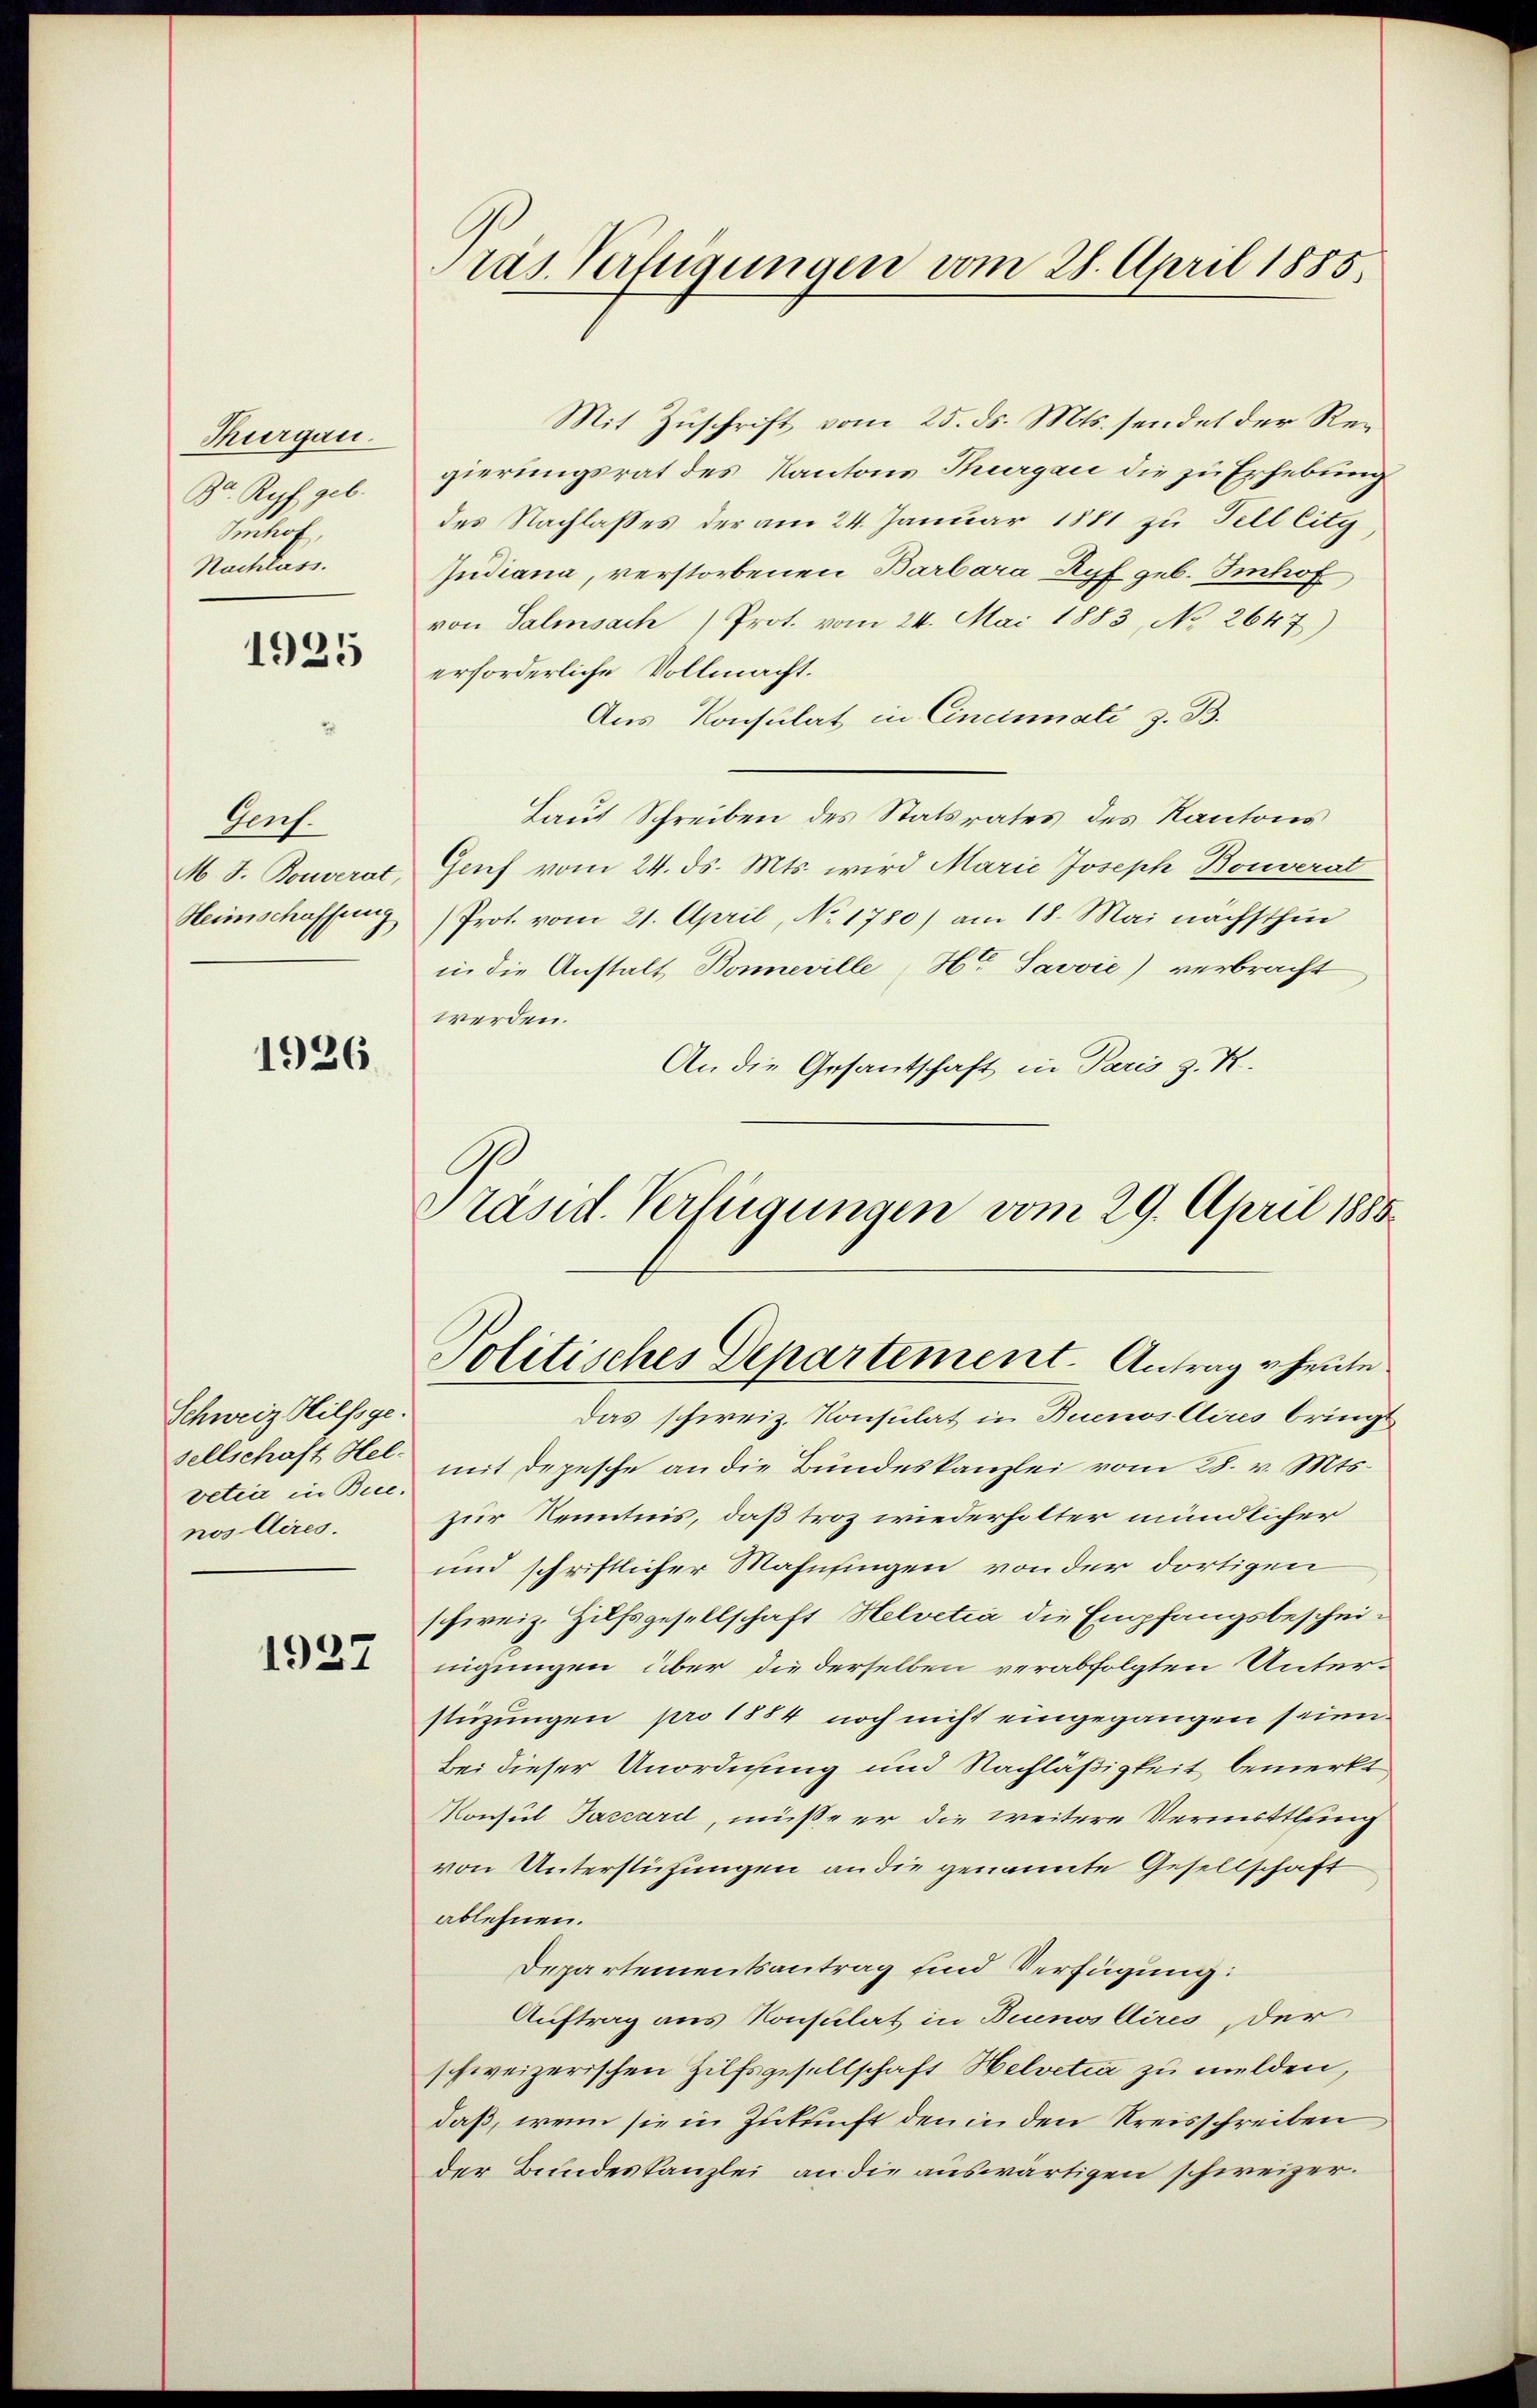
Thurgau.
Br. Kopf geb.
Schof,
Nachlass.

1925

Vech.
M. J. Bouverat,
Heimschaffung

1926

Schweiz Hilfsge
vetier in Bienos Aires.

1927

ras Verfügungen vom 28. April 1885.

Mit Zuschrift vom 25. ds. Mts. sendet der Regierungsrat des Kantons Thurgau die zu Erhebung
des Nachlasses der am 24. Januar 1881 zu Fell lity
Judiana, verstorbenen Barbara Ryf geb. Imhof,
von Salisach) Prot. vom 24. Mai 1883, No 2647)
erforderliche Vollmacht.
Aus Konsulat in Cincinati z. B.
Laut Schreiben des Statsrates des Kantons
Genf vom 24. ds. Mts. wird Marie Joseph Bouverat
Prot. vom 21. April, No. 1780) am 18. Mai nächsthin
in die Anstalt Bonneville Hr. Savvić) verbracht
werden.
An die Gesantschaft in Paris z. B.
Präsid. Verfügungen vom 29. April 1888

Politisches Departement. Antrag heute.

Das schweiz. Konsulat in Buenos Aires bringt
sellschaft Hel. mit Depesche an die Bundeskanzlei vom 28. v. Mts.
zur Kenntnis, daß troz wiederholter mündlicher
und schriftlicher Mahnfingen von der dortigen
schweiz. Hilfsgesellschaft Helvetia die Empfangsbescheinigungen über die derselben verabfolgten Unterstüzungen pro 1884 noch nicht eingegangen seien.
Bei dieser Unordnung und Nachläßigkeit bemerkt
Konsul Taccard, müsse er die weitere Vermittlung
von Unterstützungen an die genannte Gesellschaft
ablehnen.
Departementsantrag sind Verfügung:
Auftrag aus Konsulat in Brunos Aires, der
schweizerischen Hilfsgesellschaft Helvetia zu melden,
daß, wenn sie in Zukunft den in den Kreisschreiben
der Bundeskanzlei an die auswärtigen schweizer.